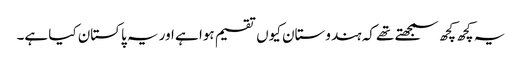
یہ کچھ کچھ سمجھتے تھے کہ ہندوستان کیوں تقسیم ہوا ہے اور یہ پاکستان کیا ہے۔